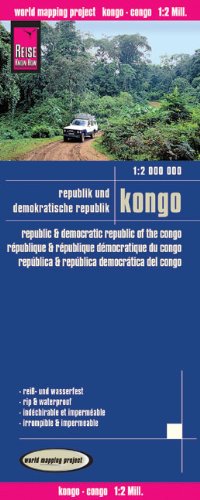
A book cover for Republik und Demokratische Republic Kongo = Republic and Democratic Republic of the Congo = Republique et la Republique democratique du Congo = Republica y la Republica Democratica del Congo; Reise Know-How Verlag; Travel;